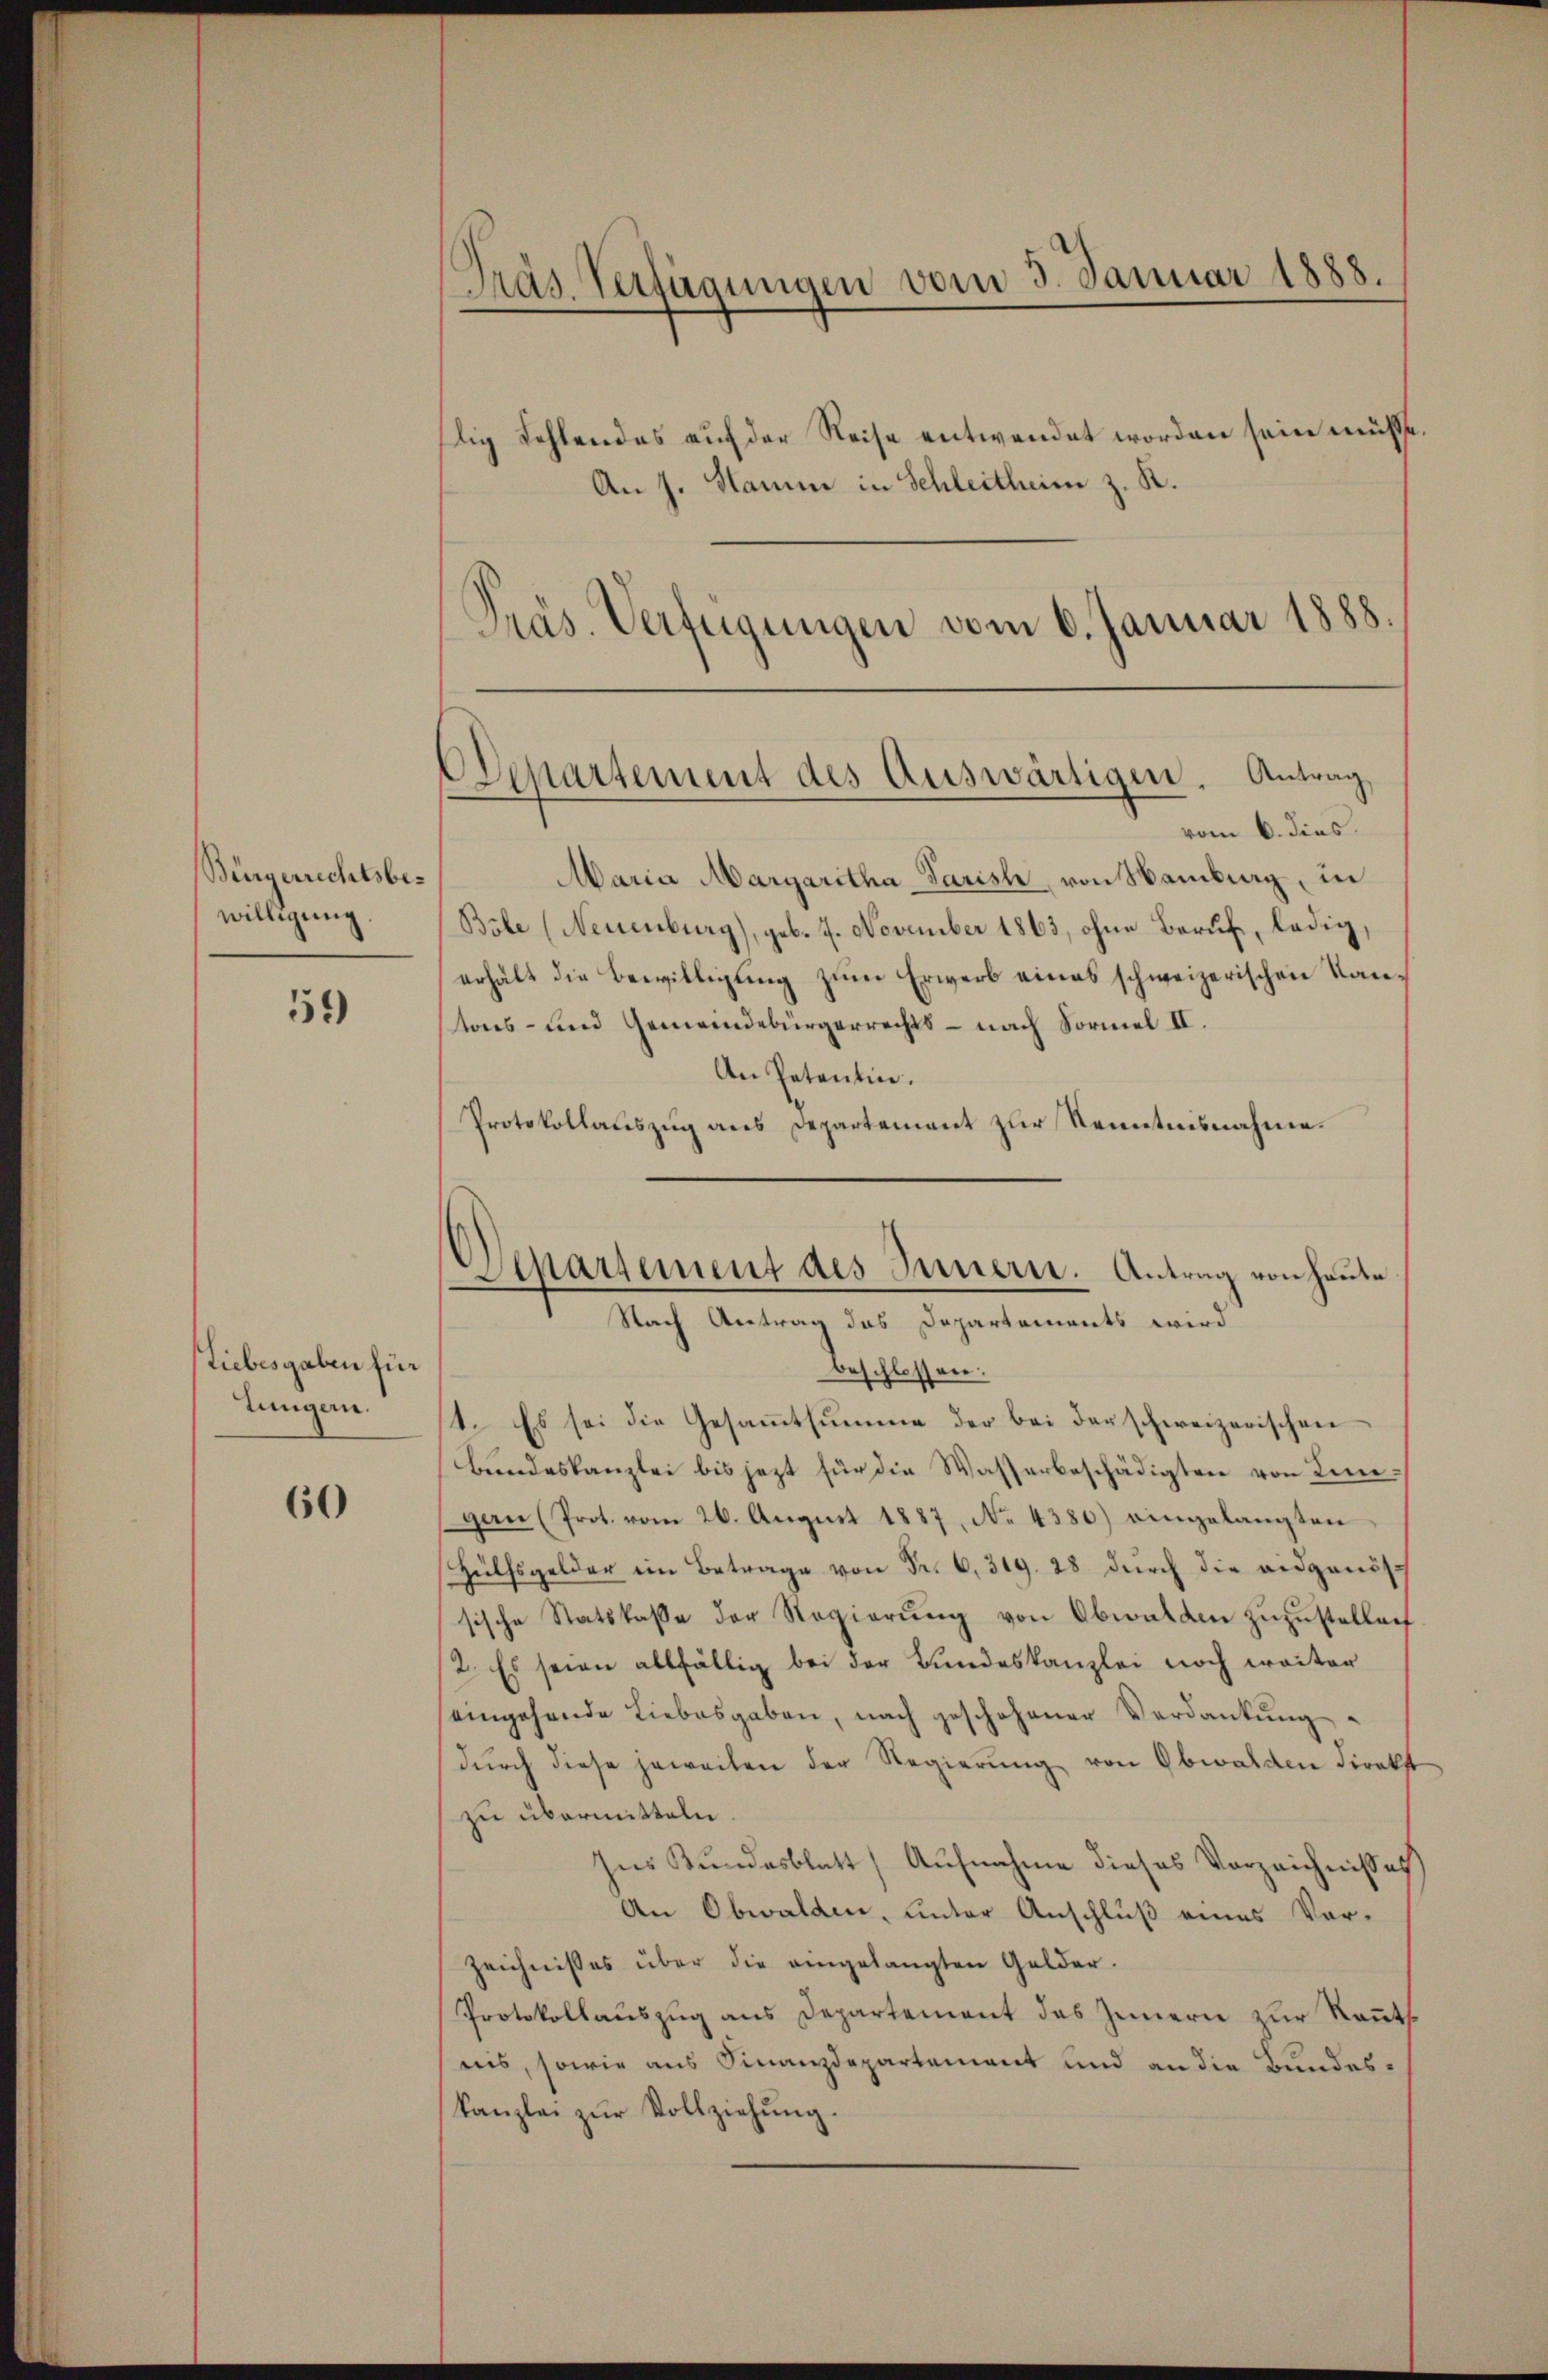
Bürgerrechtsbewilligung.

59)

Liebesgaben für
Jungern.

60

Präs. Verfügungen vom 3. Januar 1888.

vom 6. dies
Maria Margaritha Pariste, von Samburg, in
Bole (Neuenburg), geb. 7. November 1863, ohne Beruf, ledig
erhält die Bewilligung zum Erwerb eines schweizerischen Kantons- und Gemeindebürgerrechts – nach Formel II.
An Petentin.
Protokollauszug aus Departement zur Kenntnisnahme.
beschlossen:
1. Es sei die Gesammtsumme der bei der schweizerischen
Bundeskanzlei bis jezt für die Wasserbeschädigten von Lingan (Prot. vom 26. Aŭgŭst 1887, No. 4380) eingelangten
Hülfsgelder in Betrage . . 39. 28 durch die eidgenöss
sische Statskasse der Regierŭng von Obwalden zŭzŭstellen
2. Es seien allfällig bei der Bundeskanzlei noch weiter
eingehende Liebesgaben, nach geschehener Verdankŭng
durch diese jeweilen der Regierung von Obwalden Direkt
zu übermitteln
Ins Bundesblatt, Aufnahme dieses Vorzeichnisses
An Obwalden, unter Anschluß eines Vor-
Zeichnisses über die eingelangten Gelder.
Protokollauszug aus Departement des Innern zur Kenntnis, sowie aus Finanzdepartement und an die Bundeskanzlei zŭr Vollziehung.

flig Fehlendes auf der Reise entwendet worden sein müsste
An J. Stamm in Schleitheim z. R.
Präs. Verfügungen vom 6. Januar 1888.

Departement des Auswärtigen. Antrag

)
Separsement des Innern. Antrag von Hause
Nach Antrag das Departements wird